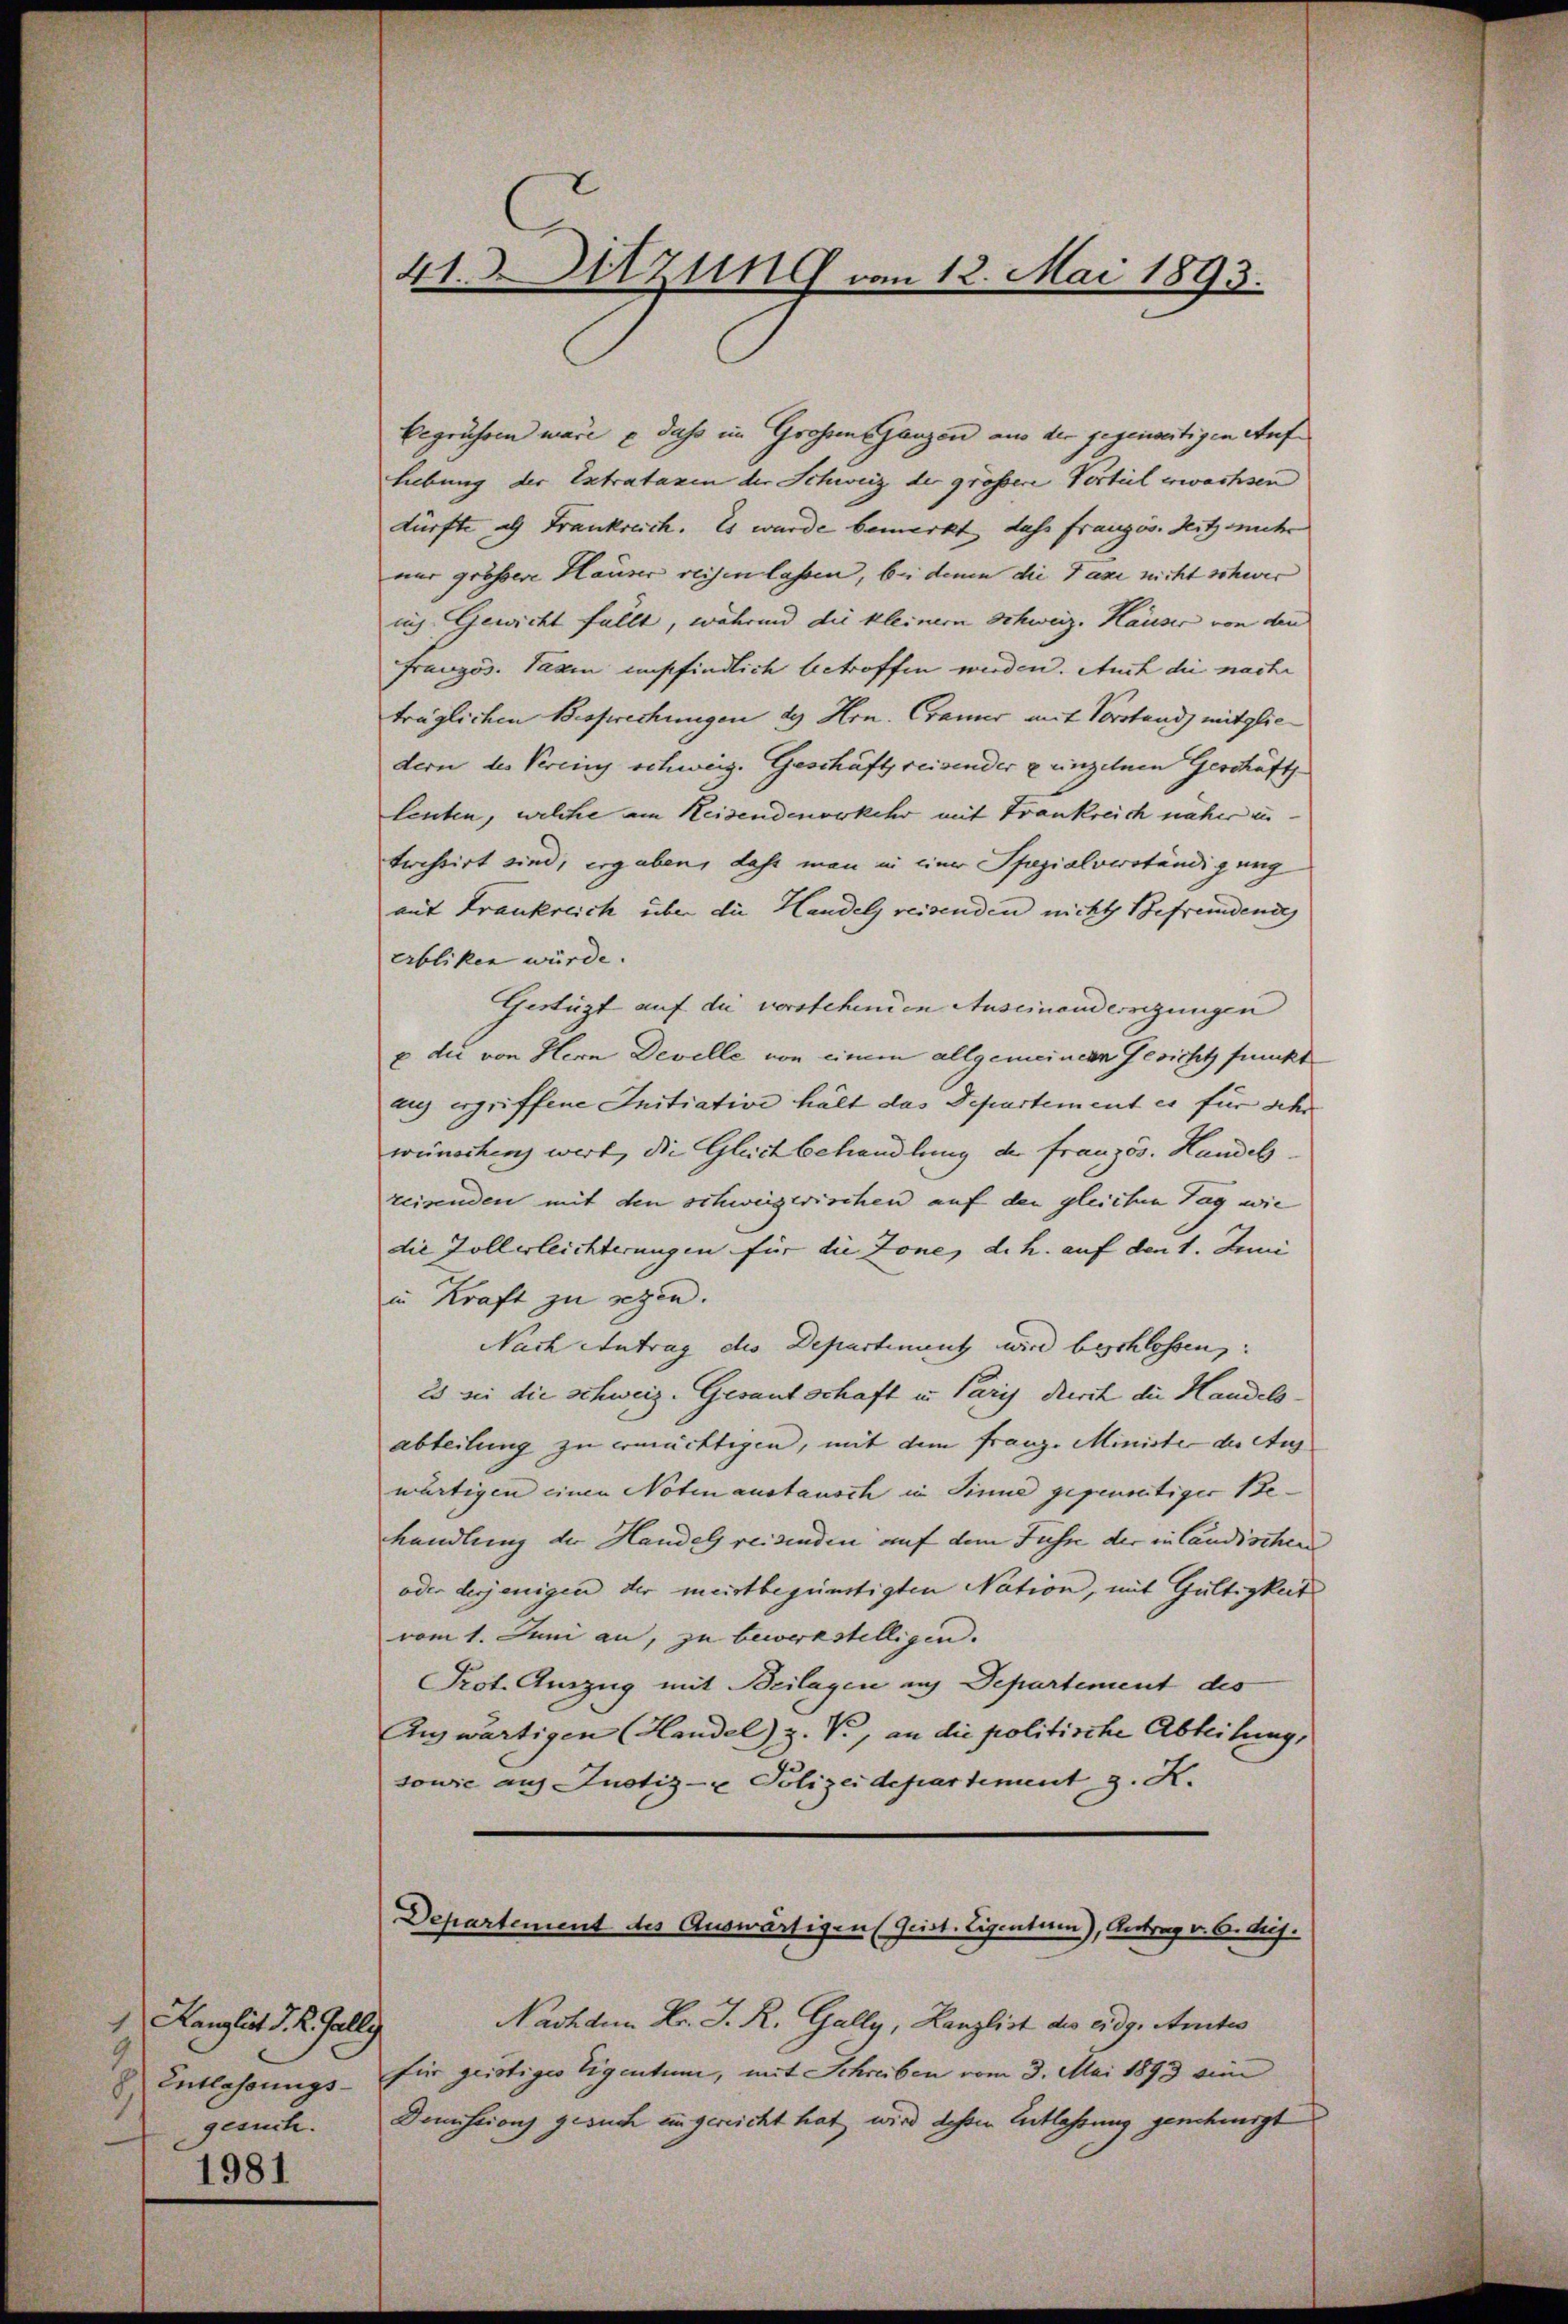
Kanzlist d. R. Galli
9
Entlassungsgesuch.

1981

begrüssen wäre e dass im Großen ganzen aus der gegenseitigen Auf¬
Liebung der Extrataxen der Schweiz der größere Vorteil erwachsen
dürfte als Frankreich. Es wurde bemerkt, dass franzos. Seitz siche
nur grössere Häuser reisen lassen, bei denn die Taxe nicht schwer
iis Gewicht fällt, während die kleinem Schweiz. Hauser von den
Französ. Tagen empfindlich betroffen werden. Auch die nache
träglichen Besprechungen d. Hrn. Cramer mit Vorstand, mitgliedern des Verein schweiz. Geschäftsreisender u einzelnen Geschäft
leuten, welche am Keisendenverkehr mit Frankreich näher zu
trostirt sind, ergaben, dass man in einer Spezialverständigung
mit Frankreich über die Handel reisenden nicht Befremdende
erblicken würde.
Gestüzt auf die vorstehenden Auseinanderregungen
p die von Hern Develle von einem allgemeinen Gesicht funkt
ug ergriffene Initiative hält das Departement es für sehr
weinschen wert, die Gleich behandlung der französ. Handelsreisenden mit den schweizerischen auf den gleichen Tag wie
die Zollerleichterungen für die Jone, d. h. auf den 1. Juni
in Kraft zu setzen.
Nach Antrag des Departiment wird beschlossen:
2s sie die schweiz. Gesantschaft in Paris Rerch die Handelsabteilung zu ermächtigen, mit dem franz. Ministe der Aug
wärtigen einen Noten austausch in Sinne gegenseitiger Behandlung der Handel reisenden auf dem Jahre der in Candischen
oder derjenigen der meistbegünstigten Nation, mit Gültigkeit
vom 1. Juni an, zu bewerkstelligen.
Prot. Auszug mit Beilagen auf Departement des
Anzwärtigen (Handel z. V., an die politische Abteilung,
sowie auf Justiz- u Polizeidepartement z. K.

41. Sitzung vom 12. Mai 1893.

Departement des Auswärtigen (Geist. Eigentum), Antrag v. 6. ds.

Nachdem Hr. J. R. Gally, Kanzlist des eidg. Amtes
für geistiges Eigentum, mit Schreiben vom 3. Mai 1893 sin
Demission gesuch eingereicht hat, wird deßen Entlassung genehmigt